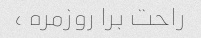
راحت برا روزمره ،